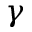
\boldsymbol { \gamma }